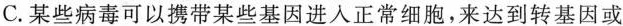
C.某些病毒可以携带某些基因进入正常细胞，来达到转基因或